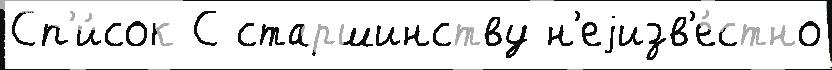
Сп'и́сок С старшинству н'еjизв'е́стно